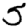
Digit: 5